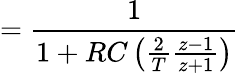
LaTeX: ={\frac{1}{1+RC\left({\frac{2}{T}}{\frac{z-1}{z+1}}\right)}}